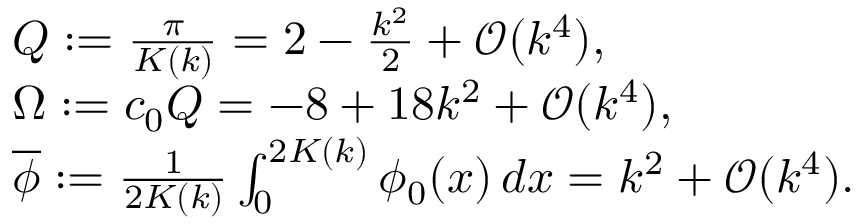
\begin{array} { l } { Q : = \frac { \pi } { K ( k ) } = 2 - \frac { k ^ { 2 } } { 2 } + \mathcal { O } ( k ^ { 4 } ) , } \\ { \Omega : = c _ { 0 } Q = - 8 + 1 8 k ^ { 2 } + \mathcal { O } ( k ^ { 4 } ) , } \\ { \overline { { \phi } } : = \frac { 1 } { 2 K ( k ) } \int _ { 0 } ^ { 2 K ( k ) } \phi _ { 0 } ( x ) \, d x = k ^ { 2 } + \mathcal { O } ( k ^ { 4 } ) . } \end{array}